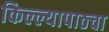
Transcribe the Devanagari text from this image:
किल्ल्यापाठचा